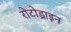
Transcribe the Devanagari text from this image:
रोटोड्राइन